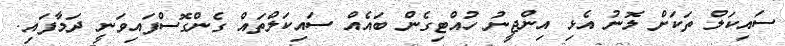
ސައިކަލް ތަކަށް ލޮނު އެޅި އިންޖީނު ހުއްޓިގެން ބައެއް ސައިކަލްތައް ގެންގޮސްފައިވަނީ ދަމާފައި.